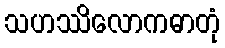
သဟဿိလောကဓာတုံ